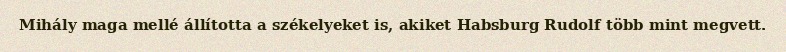
Mihály maga mellé állította a székelyeket is, akiket Habsburg Rudolf több mint megvett.